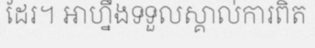
ដែរ។ អាហ្នឹងទទួលស្គាល់ការពិត